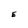
Character: E